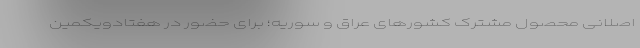
اصلانی محصول مشترک کشورهای عراق و سوریه؛ برای حضور در هفتادویکمین